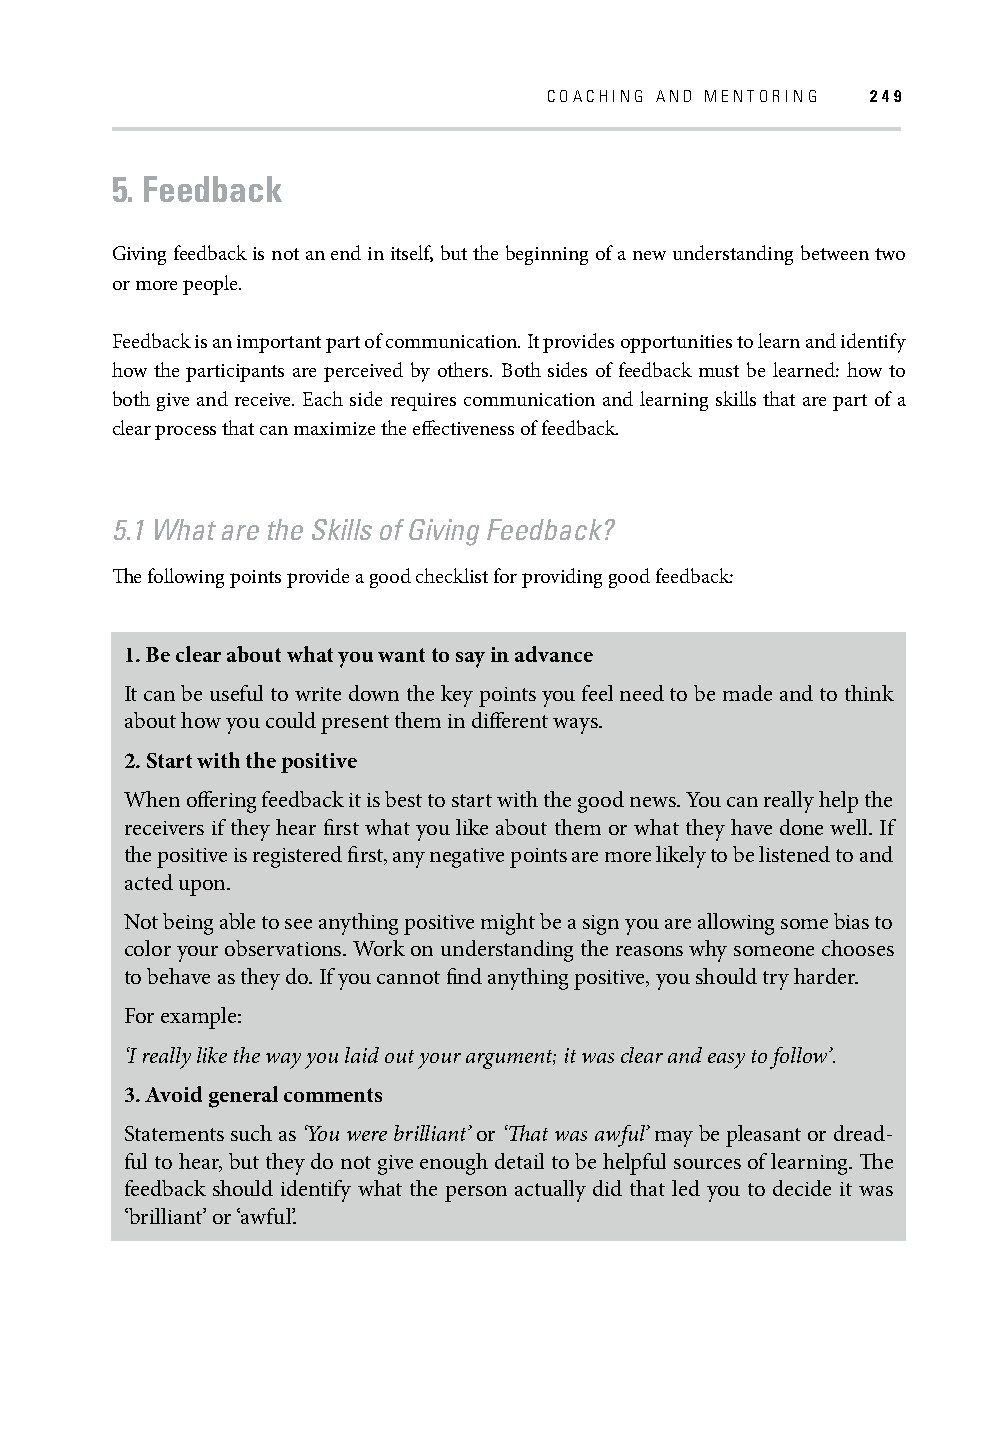
COACHING AND MENTORING 249
 5. Feedback
 Giving feedback is not an end in itself, but the beginning of a new understanding between two
 or more people.
 Feedback is an important part of communication. It provides opportunities to learn and identify
 how the participants are perceived by others. Both sides of feedback must be learned: how to
 both give and receive. Each side requires communication and learning skills that are part of a
 clear process that can maximize the eff ectiveness of feedback.
 5.1 What are the Skills of Giving Feedback?
 Th e following points provide a good checklist for providing good feedback:
 1. Be clear about what you want to say in advance
 It can be useful to write down the key points you feel need to be made and to think
 about how you could present them in diff erent ways.
 2. Start with the positive
 When off ering feedback it is best to start with the good news. You can really help the
 receivers if they hear fi rst what you like about them or what they have done well. If
 the positive is registered fi rst, any negative points are more likely to be listened to and
 acted upon.
 Not being able to see anything positive might be a sign you are allowing some bias to
 color your observations. Work on understanding the reasons why someone chooses
 to behave as they do. If you cannot fi nd anything positive, you should try harder.
 For example:
 ‘I really like the way you laid out your argument; it was clear and easy to follow’.
 3. Avoid general comments
 Statements such as ‘You were brilliant’ or ‘Th at was awful’ may be pleasant or dread-
 ful to hear, but they do not give enough detail to be helpful sources of learning. Th e
 feedback should identify what the person actually did that led you to decide it was
 ‘brilliant’ or ‘awful’.